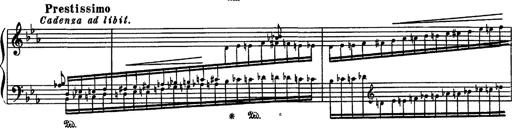
Title: Fantaisie sur des motifs favoris de l'opÃ©ra 'La sonnambula'
Composer: Franz Liszt